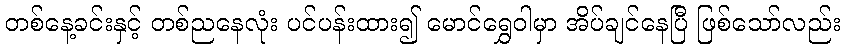
တစ်နေ့ခင်းနှင့် တစ်ညနေလုံး ပင်ပန်းထား၍ မောင်ရွှေဝါမှာ အိပ်ချင်နေပြီ ဖြစ်သော်လည်း